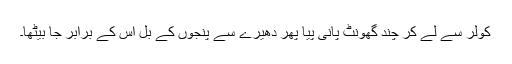
کولر سے لے کر چند گھونٹ پانی پیا پھر دھیرے سے پنجوں کے بل اس کے برابر جا بیٹھا۔